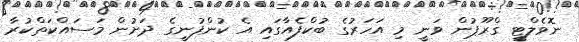
ނޮވެލްޓީ ގްރޫޕުން ވަނީ މި އަހަރުގެ ބުކްފެއާގައި އެ ކުންފުނީގެ ދަށުން މަސައްކަތްކުރާ